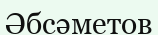
Әбсәметов